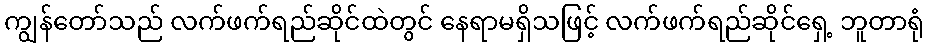
ကျွန်တော်သည် လက်ဖက်ရည်ဆိုင်ထဲတွင် နေရာမရှိသဖြင့် လက်ဖက်ရည်ဆိုင်ရှေ့ ဘူတာရုံ